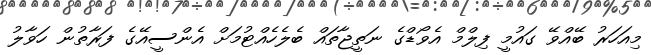
މިއަހަރު ބޭއްވޭ ގައުމީ ފިލްމް އެވޯޑްގެ ނަތީޖާތައް ބެލެހެއްޓުމަށް އެންސީއޭގެ ފަރާތުން ހަވާލު